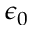
\epsilon _ { 0 }